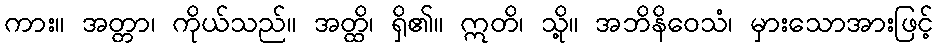
ကား။ အတ္တာ၊ ကိုယ်သည်။ အတ္ထိ၊ ရှိ၏။ ဣတိ၊ သို့။ အဘိနိဝေသံ၊ မှားသောအားဖြင့်